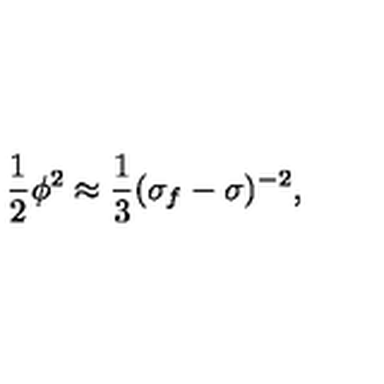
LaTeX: { \frac { 1 } { 2 } \phi ^ { 2 } \approx \frac { 1 } { 3 } ( \sigma _ { f } - \sigma ) ^ { - 2 } , }